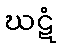
ဃဋံ